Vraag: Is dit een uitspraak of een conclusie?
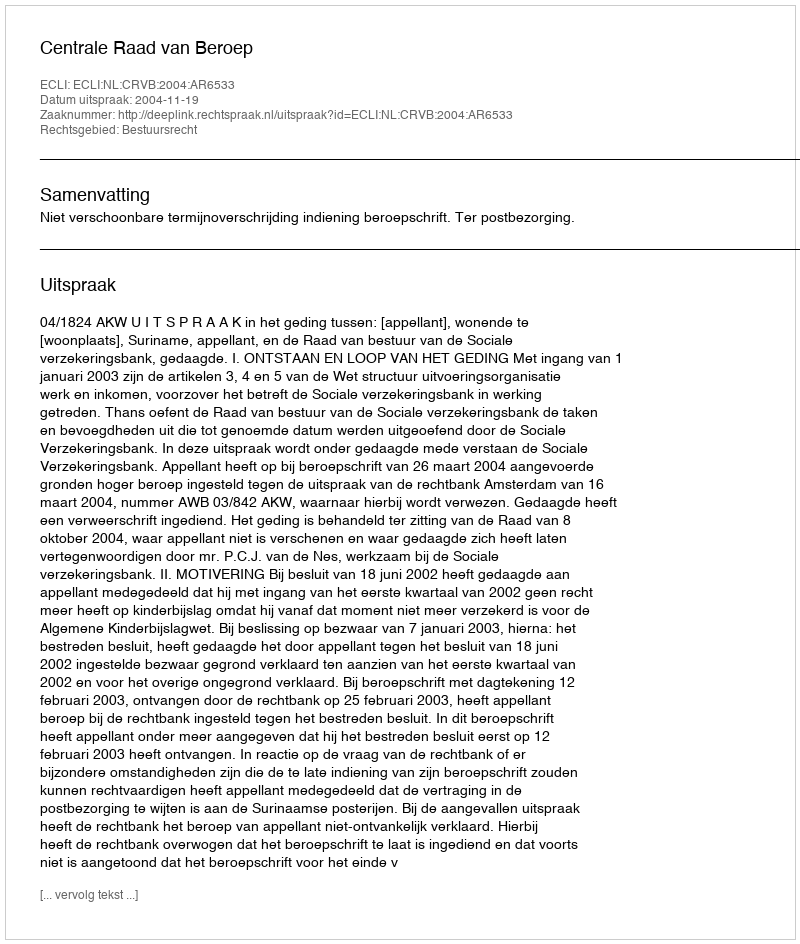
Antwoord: Uitspraak